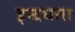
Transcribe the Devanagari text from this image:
इन्द्रधारा